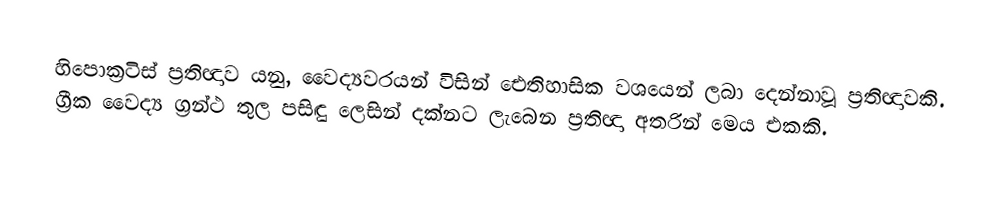
හිපොක්‍රටිස් ප්‍රතිඥාව යනු,   වෛද්‍යවරයන් විසින් ඓතිහාසික වශයෙන් ලබා දෙන්නාවූ ප්‍රතිඥාවකි.  ග්‍රීක වෛද්‍ය ග්‍රන්ථ තුල පසිඳු ලෙසින් දක්නට ලැබෙන ප්‍රතිඥා අතරින් මෙය එකකි.